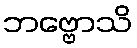
ဘဗ္ဗောသိ